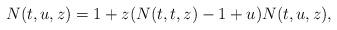
LaTeX: \begin{align*} N(t,u,z)=1+z(N(t,t,z)-1+u)N(t,u,z),\end{align*}